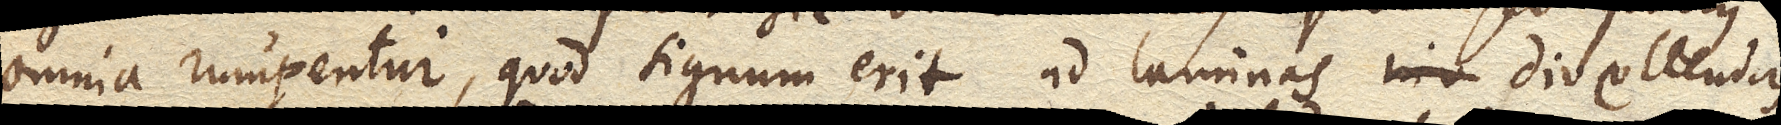
omnia rumpentur, quod signum erit ad laminas divellendas